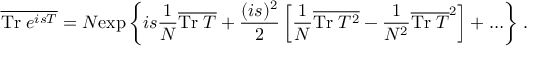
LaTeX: \overline { { { \mathrm { T r } \; e ^ { i s T } } } } = N \mathrm { e x p } \left\{ i s \frac { 1 } { N } \overline { { { \mathrm { T r } \; T } } } + \frac { ( i s ) ^ { 2 } } { 2 } \left[ \frac { 1 } { N } \overline { { { \mathrm { T r } \; T ^ { 2 } } } } - \frac { 1 } { N ^ { 2 } } \overline { { { \mathrm { T r } \; T } } } ^ { 2 } \right] + \ldots \right\} \, .